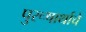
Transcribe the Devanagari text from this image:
पुरूषार्थाचे